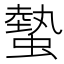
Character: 𧐨